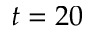
t = 2 0